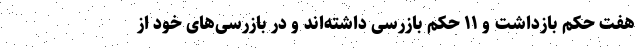
هفت حکم بازداشت و ۱۱ حکم بازرسی داشته‌اند و در بازرسی‌های خود از